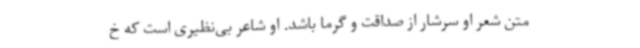
متن شعر او سرشار از صداقت و گرما باشد. او شاعر بی‌نظیری‌ است که خ